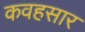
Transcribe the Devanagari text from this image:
कवहसार